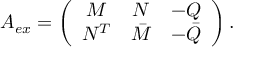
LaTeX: A _ { e x } = \left( \begin{array} { c c c } { { M } } & { { N } } & { { - Q } } \\ { { N ^ { T } } } & { { \bar { M } } } & { { - \bar { Q } } } \end{array} \right) .